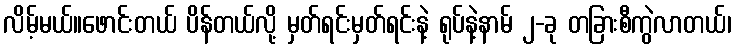
လိမ့်မယ်။ဖောင်းတယ် ပိန်တယ်လို့ မှတ်ရင်းမှတ်ရင်းနဲ့ ရုပ်နဲ့နာမ် ၂-ခု တခြားစီကွဲလာတယ်၊